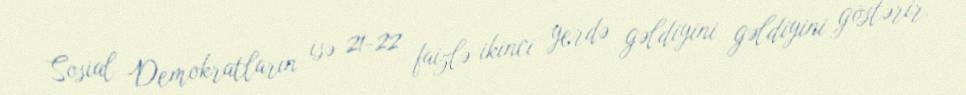
Sosial Demokratların isə 21-22 faizlə ikinci yerdə gəldiyini gəldiyini göstərir.